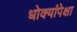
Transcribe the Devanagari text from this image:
धोक्यांपेक्षा